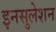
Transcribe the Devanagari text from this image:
इनसुलेशन